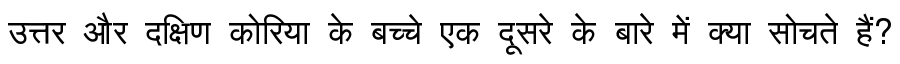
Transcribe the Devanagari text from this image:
उत्तर और दक्षिण कोरिया के बच्चे एक दूसरे के बारे में क्या सोचते हैं?